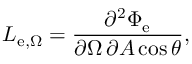
L _ { \mathrm { e } , \Omega } = { \frac { \partial ^ { 2 } \Phi _ { \mathrm { e } } } { \partial \Omega \, \partial A \cos \theta } } ,